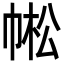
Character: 𢃓